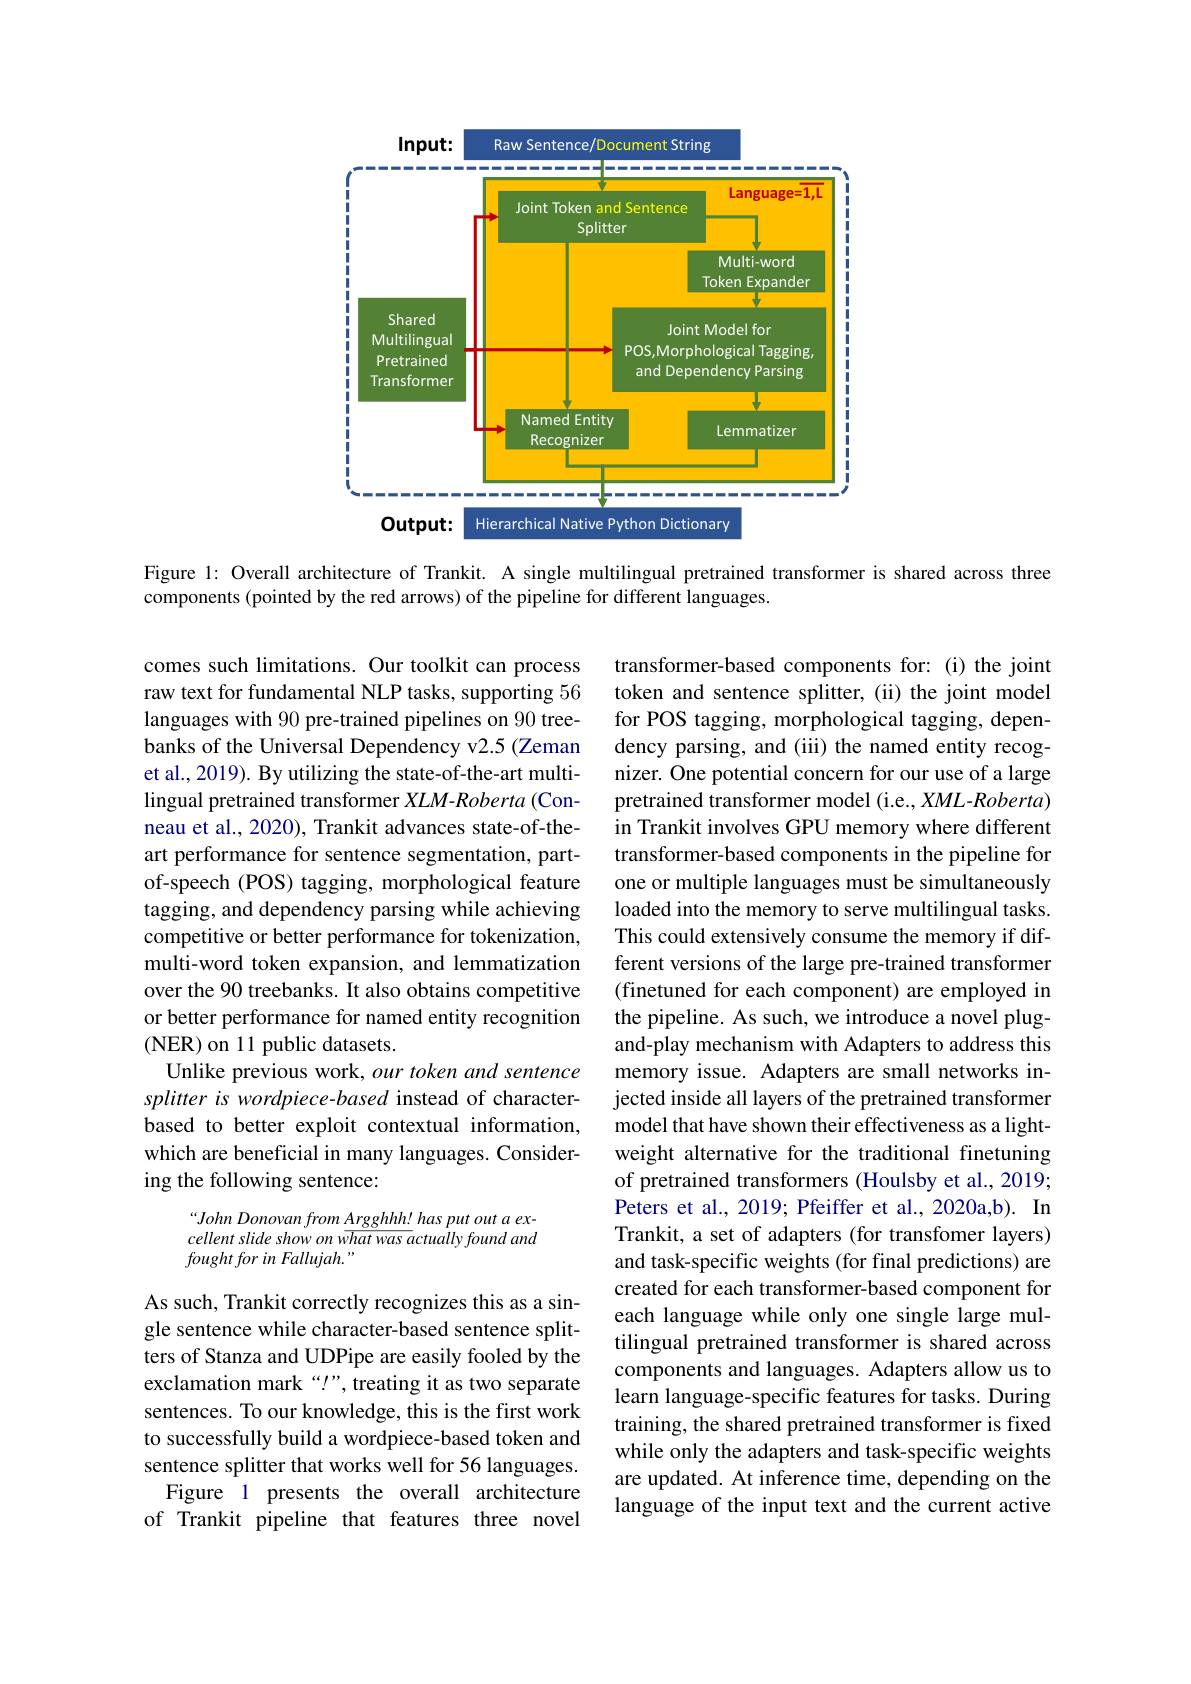
<FigureHere>

Figure l: Overall architecture of Trankit. A single multilingual pretrained transformer is shared across three
components (pointed by the red arrows) of the pipeline for different languages.

comes such limitations. Our toolkit can process raw text for fundamental NLP tasks, supporting 56 languages with 90 pre-trained pipelines on 90 treebanks of the Universal Dependency v2.5 (Zeman et al., 2019). By utilizing the state-of-the-art multilingual pretrained transformer XLM-Roberta (Conneau et al., 2020), Trankit advances state-of-theart performance for sentence segmentation, partof-speech (POS) tagging, morphological feature tagging, and dependency parsing while achieving competitive or better performance for tokenization, multi-word token expansion, and lemmatization over the 90 treebanks. It also obtains competitive or better performance for named entity recognition (NER) on 11 public datasets.
Unlike previous work, our token and sentence splitter is wordpiece-based instead of characterbased to better exploit contextual information, which are beneficial in many languages. Considering the following sentence:

transformer-based components for: (i) the joint token and sentence splitter, (ii) the joint model for POS tagging, morphological tagging, dependency parsing, and (iii) the named entity recognizer. One potential concern for our use of a large pretrained transformer model (i.e., XML-Roberta) in Trankit involves GPU memory where different transformer-based components in the pipeline for one or multiple languages must be simultaneously loaded into the memory to serve multilingual tasks. This could extensively consume the memory if different versions of the large pre-trained transformer (finetuned for each component) are employed in the pipeline. As such, we introduce a novel plugand-play mechanism with Adapters to address this memory issue. Adapters are small networks injected inside all layers of the pretrained transformer model that have shown their effectiveness as a lightweight alternative for the traditional finetuning of pretrained transformers (Houlsby et al., 2019; Peters et al., 2019; Pfeiffer et al., 2020a,b). In Trankit, a set of adapters (for transfomer layers) and task-specific weights (for final predictions) are created for each transformer-based component for each language while only one single large multilingual pretrained transformer is shared across components and languages. Adapters allow us to learn language-specific features for tasks. During training, the shared pretrained transformer is fixed while only the adapters and task-specific weights are updated. At inference time, depending on the language of the input text and the current active

“John Donovan from Argghhh! has put out a excellentslideshowonwhatwasactuallyfoundand fought for in Fallujah."

As such, Trankit correctly recognizes this as a single sentence while character-based sentence splitters of Stanza and UDPipe are easily fooled by the exclamation mark“!”, treating it as two separate sentences. To our knowledge, this is the first work to successfully build a wordpiece-based token and sentence splitter that works well for 56 languages.
Figure 1 presents the overall architecture of Trankit pipeline that features three novel